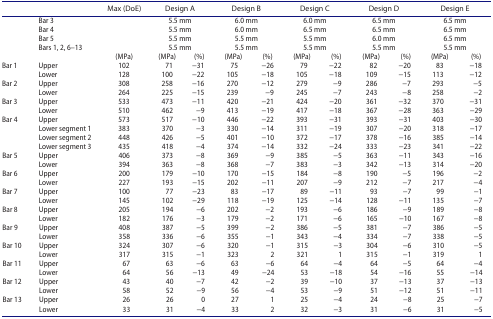
<table><thead><tr><td><b> </b></td><td><b> </b></td><td><b>Max (DoE)</b></td><td colspan="2"><b>Design A</b></td><td colspan="2"><b>Design B</b></td><td colspan="2"><b>Design C</b></td><td colspan="2"><b>Design D</b></td><td colspan="2"><b>Design E</b></td></tr></thead><tbody><tr><td> </td><td>Bar 3</td><td> </td><td colspan="2">5.5 mm</td><td colspan="2">6.0 mm</td><td colspan="2">6.0 mm</td><td colspan="2">6.5 mm</td><td colspan="2">6.5 mm</td></tr><tr><td> </td><td>Bar 4</td><td> </td><td colspan="2">5.5 mm</td><td colspan="2">6.0 mm</td><td colspan="2">6.5 mm</td><td colspan="2">6.5 mm</td><td colspan="2">6.5 mm</td></tr><tr><td> </td><td>Bar 5</td><td> </td><td colspan="2">5.5 mm</td><td colspan="2">5.5 mm</td><td colspan="2">5.5 mm</td><td colspan="2">6.0 mm</td><td colspan="2">6.5 mm</td></tr><tr><td> </td><td>Bars 1, 2, 6–13</td><td> </td><td colspan="2">5.5 mm</td><td colspan="2">5.5 mm</td><td colspan="2">5.5 mm</td><td colspan="2">5.5 mm</td><td colspan="2">5.5 mm</td></tr><tr><td> </td><td> </td><td>(MPa)</td><td>(MPa)</td><td>(%)</td><td>(MPa)</td><td>(%)</td><td>(MPa)</td><td>(%)</td><td>(MPa)</td><td>(%)</td><td>(MPa)</td><td>(%)</td></tr><tr><td>Bar 1</td><td>Upper</td><td>102</td><td>71</td><td>−31</td><td>75</td><td>−26</td><td>79</td><td>−22</td><td>82</td><td>−20</td><td>83</td><td>−18</td></tr><tr><td> </td><td>Lower</td><td>128</td><td>100</td><td>−22</td><td>105</td><td>−18</td><td>105</td><td>−18</td><td>109</td><td>−15</td><td>113</td><td>−12</td></tr><tr><td>Bar 2</td><td>Upper</td><td>308</td><td>258</td><td>−16</td><td>270</td><td>−12</td><td>279</td><td>−9</td><td>286</td><td>−7</td><td>293</td><td>−5</td></tr><tr><td> </td><td>Lower</td><td>264</td><td>225</td><td>−15</td><td>239</td><td>−9</td><td>245</td><td>−7</td><td>243</td><td>−8</td><td>258</td><td>−2</td></tr><tr><td>Bar 3</td><td>Upper</td><td>533</td><td>473</td><td>−11</td><td>420</td><td>−21</td><td>424</td><td>−20</td><td>361</td><td>−32</td><td>370</td><td>−31</td></tr><tr><td> </td><td>Lower</td><td>510</td><td>462</td><td>−9</td><td>413</td><td>−19</td><td>417</td><td>−18</td><td>367</td><td>−28</td><td>363</td><td>−29</td></tr><tr><td>Bar 4</td><td>Upper</td><td>573</td><td>517</td><td>−10</td><td>446</td><td>−22</td><td>393</td><td>−31</td><td>393</td><td>−31</td><td>403</td><td>−30</td></tr><tr><td> </td><td>Lower segment 1</td><td>383</td><td>370</td><td>−3</td><td>330</td><td>−14</td><td>311</td><td>−19</td><td>307</td><td>−20</td><td>318</td><td>−17</td></tr><tr><td> </td><td>Lower segment 2</td><td>448</td><td>426</td><td>−5</td><td>401</td><td>−10</td><td>372</td><td>−17</td><td>378</td><td>−16</td><td>385</td><td>−14</td></tr><tr><td> </td><td>Lower segment 3</td><td>435</td><td>418</td><td>−4</td><td>374</td><td>−14</td><td>332</td><td>−24</td><td>333</td><td>−23</td><td>341</td><td>−22</td></tr><tr><td>Bar 5</td><td>Upper</td><td>406</td><td>373</td><td>−8</td><td>369</td><td>−9</td><td>385</td><td>−5</td><td>363</td><td>−11</td><td>343</td><td>−16</td></tr><tr><td> </td><td>Lower</td><td>394</td><td>363</td><td>−8</td><td>368</td><td>−7</td><td>383</td><td>−3</td><td>342</td><td>−13</td><td>314</td><td>−20</td></tr><tr><td>Bar 6</td><td>Upper</td><td>200</td><td>179</td><td>−10</td><td>170</td><td>−15</td><td>184</td><td>−8</td><td>190</td><td>−5</td><td>196</td><td>−2</td></tr><tr><td> </td><td>Lower</td><td>227</td><td>193</td><td>−15</td><td>202</td><td>−11</td><td>207</td><td>−9</td><td>212</td><td>−7</td><td>217</td><td>−4</td></tr><tr><td>Bar 7</td><td>Upper</td><td>100</td><td>77</td><td>−23</td><td>83</td><td>−17</td><td>89</td><td>−11</td><td>93</td><td>−7</td><td>99</td><td>−1</td></tr><tr><td> </td><td>Lower</td><td>145</td><td>102</td><td>−29</td><td>118</td><td>−19</td><td>125</td><td>−14</td><td>128</td><td>−11</td><td>135</td><td>−7</td></tr><tr><td>Bar 8</td><td>Upper</td><td>205</td><td>194</td><td>−6</td><td>202</td><td>−2</td><td>193</td><td>−6</td><td>186</td><td>−9</td><td>189</td><td>−8</td></tr><tr><td> </td><td>Lower</td><td>182</td><td>176</td><td>−3</td><td>179</td><td>−2</td><td>171</td><td>−6</td><td>165</td><td>−10</td><td>167</td><td>−8</td></tr><tr><td>Bar 9</td><td>Upper</td><td>408</td><td>387</td><td>−5</td><td>399</td><td>−2</td><td>386</td><td>−5</td><td>381</td><td>−7</td><td>386</td><td>−5</td></tr><tr><td> </td><td>Lower</td><td>358</td><td>336</td><td>−6</td><td>355</td><td>−1</td><td>343</td><td>−4</td><td>334</td><td>−7</td><td>338</td><td>−5</td></tr><tr><td>Bar 10</td><td>Upper</td><td>324</td><td>307</td><td>−6</td><td>320</td><td>−1</td><td>315</td><td>−3</td><td>304</td><td>−6</td><td>310</td><td>−5</td></tr><tr><td> </td><td>Lower</td><td>317</td><td>315</td><td>−1</td><td>323</td><td>2</td><td>321</td><td>1</td><td>315</td><td>−1</td><td>319</td><td>1</td></tr><tr><td>Bar 11</td><td>Upper</td><td>67</td><td>63</td><td>−6</td><td>63</td><td>−6</td><td>64</td><td>−4</td><td>64</td><td>−5</td><td>64</td><td>−4</td></tr><tr><td> </td><td>Lower</td><td>64</td><td>56</td><td>−13</td><td>49</td><td>−24</td><td>53</td><td>−18</td><td>54</td><td>−16</td><td>55</td><td>−14</td></tr><tr><td>Bar 12</td><td>Upper</td><td>43</td><td>40</td><td>−7</td><td>42</td><td>−2</td><td>39</td><td>−10</td><td>37</td><td>−13</td><td>37</td><td>−13</td></tr><tr><td> </td><td>Lower</td><td>58</td><td>52</td><td>−9</td><td>56</td><td>−4</td><td>53</td><td>−9</td><td>51</td><td>−12</td><td>51</td><td>−11</td></tr><tr><td>Bar 13</td><td>Upper</td><td>26</td><td>26</td><td>0</td><td>27</td><td>1</td><td>25</td><td>−4</td><td>24</td><td>−8</td><td>25</td><td>−7</td></tr><tr><td> </td><td>Lower</td><td>33</td><td>31</td><td>−4</td><td>33</td><td>2</td><td>32</td><td>−3</td><td>31</td><td>−6</td><td>31</td><td>−5</td></tr></tbody></table>